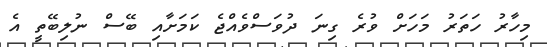
މިހާރު ހަތަރު މަހަށް ވުރެ ގިނަ ދުވަސްވެއްޖެ ކަމަށާއި ބޭސް ނުލިބޭތީ އެ